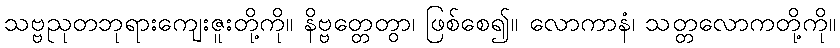
သဗ္ဗညုတဘုရားကျေးဇူးတို့ကို။ နိဗ္ဗတ္တေတွာ၊ ဖြစ်စေ၍။ လောကာနံ၊ သတ္တလောကတို့ကို။